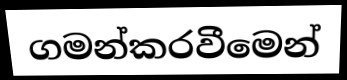
ගමන්කරවීමෙන්